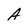
Character: A